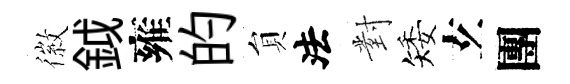
徽鉞雍的貟法對矮𤣥團